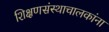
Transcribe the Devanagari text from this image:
शिक्षणसंस्थाचालकांना